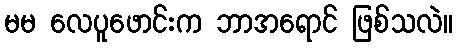
မမ လေပူဖောင်းက ဘာအရောင် ဖြစ်သလဲ။